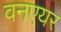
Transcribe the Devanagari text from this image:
वनएयर